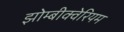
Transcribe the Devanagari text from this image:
झोम्बीक्वेरियम